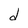
Character: d